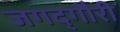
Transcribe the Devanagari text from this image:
जगद्‌गौरी